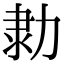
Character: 𠡫